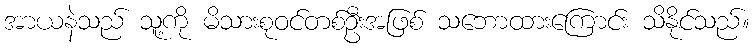
အာယနဲသည် သူ့ကို မိသားစုဝင်တစ်ဦးအဖြစ် သဘောထားကြောင်း သိနိုင်သည်။